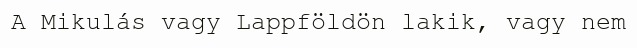
A Mikulás vagy Lappföldön lakik, vagy nem